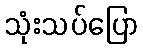
သုံးသပ်ပြော